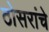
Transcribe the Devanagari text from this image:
ठोसरांचे